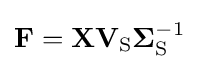
{\mathbf {F} }=\mathbf {X} \mathbf {V} _{\mathrm {S} }\mathbf {\Sigma } _{\mathrm {S} }^{-1}